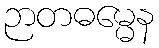
ဉာတဓမ္မေန